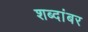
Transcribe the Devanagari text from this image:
शब्दांबर